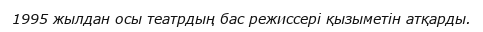
1995 жылдан осы театрдың бас режиссері қызыметін атқарды.